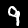
Label: 9